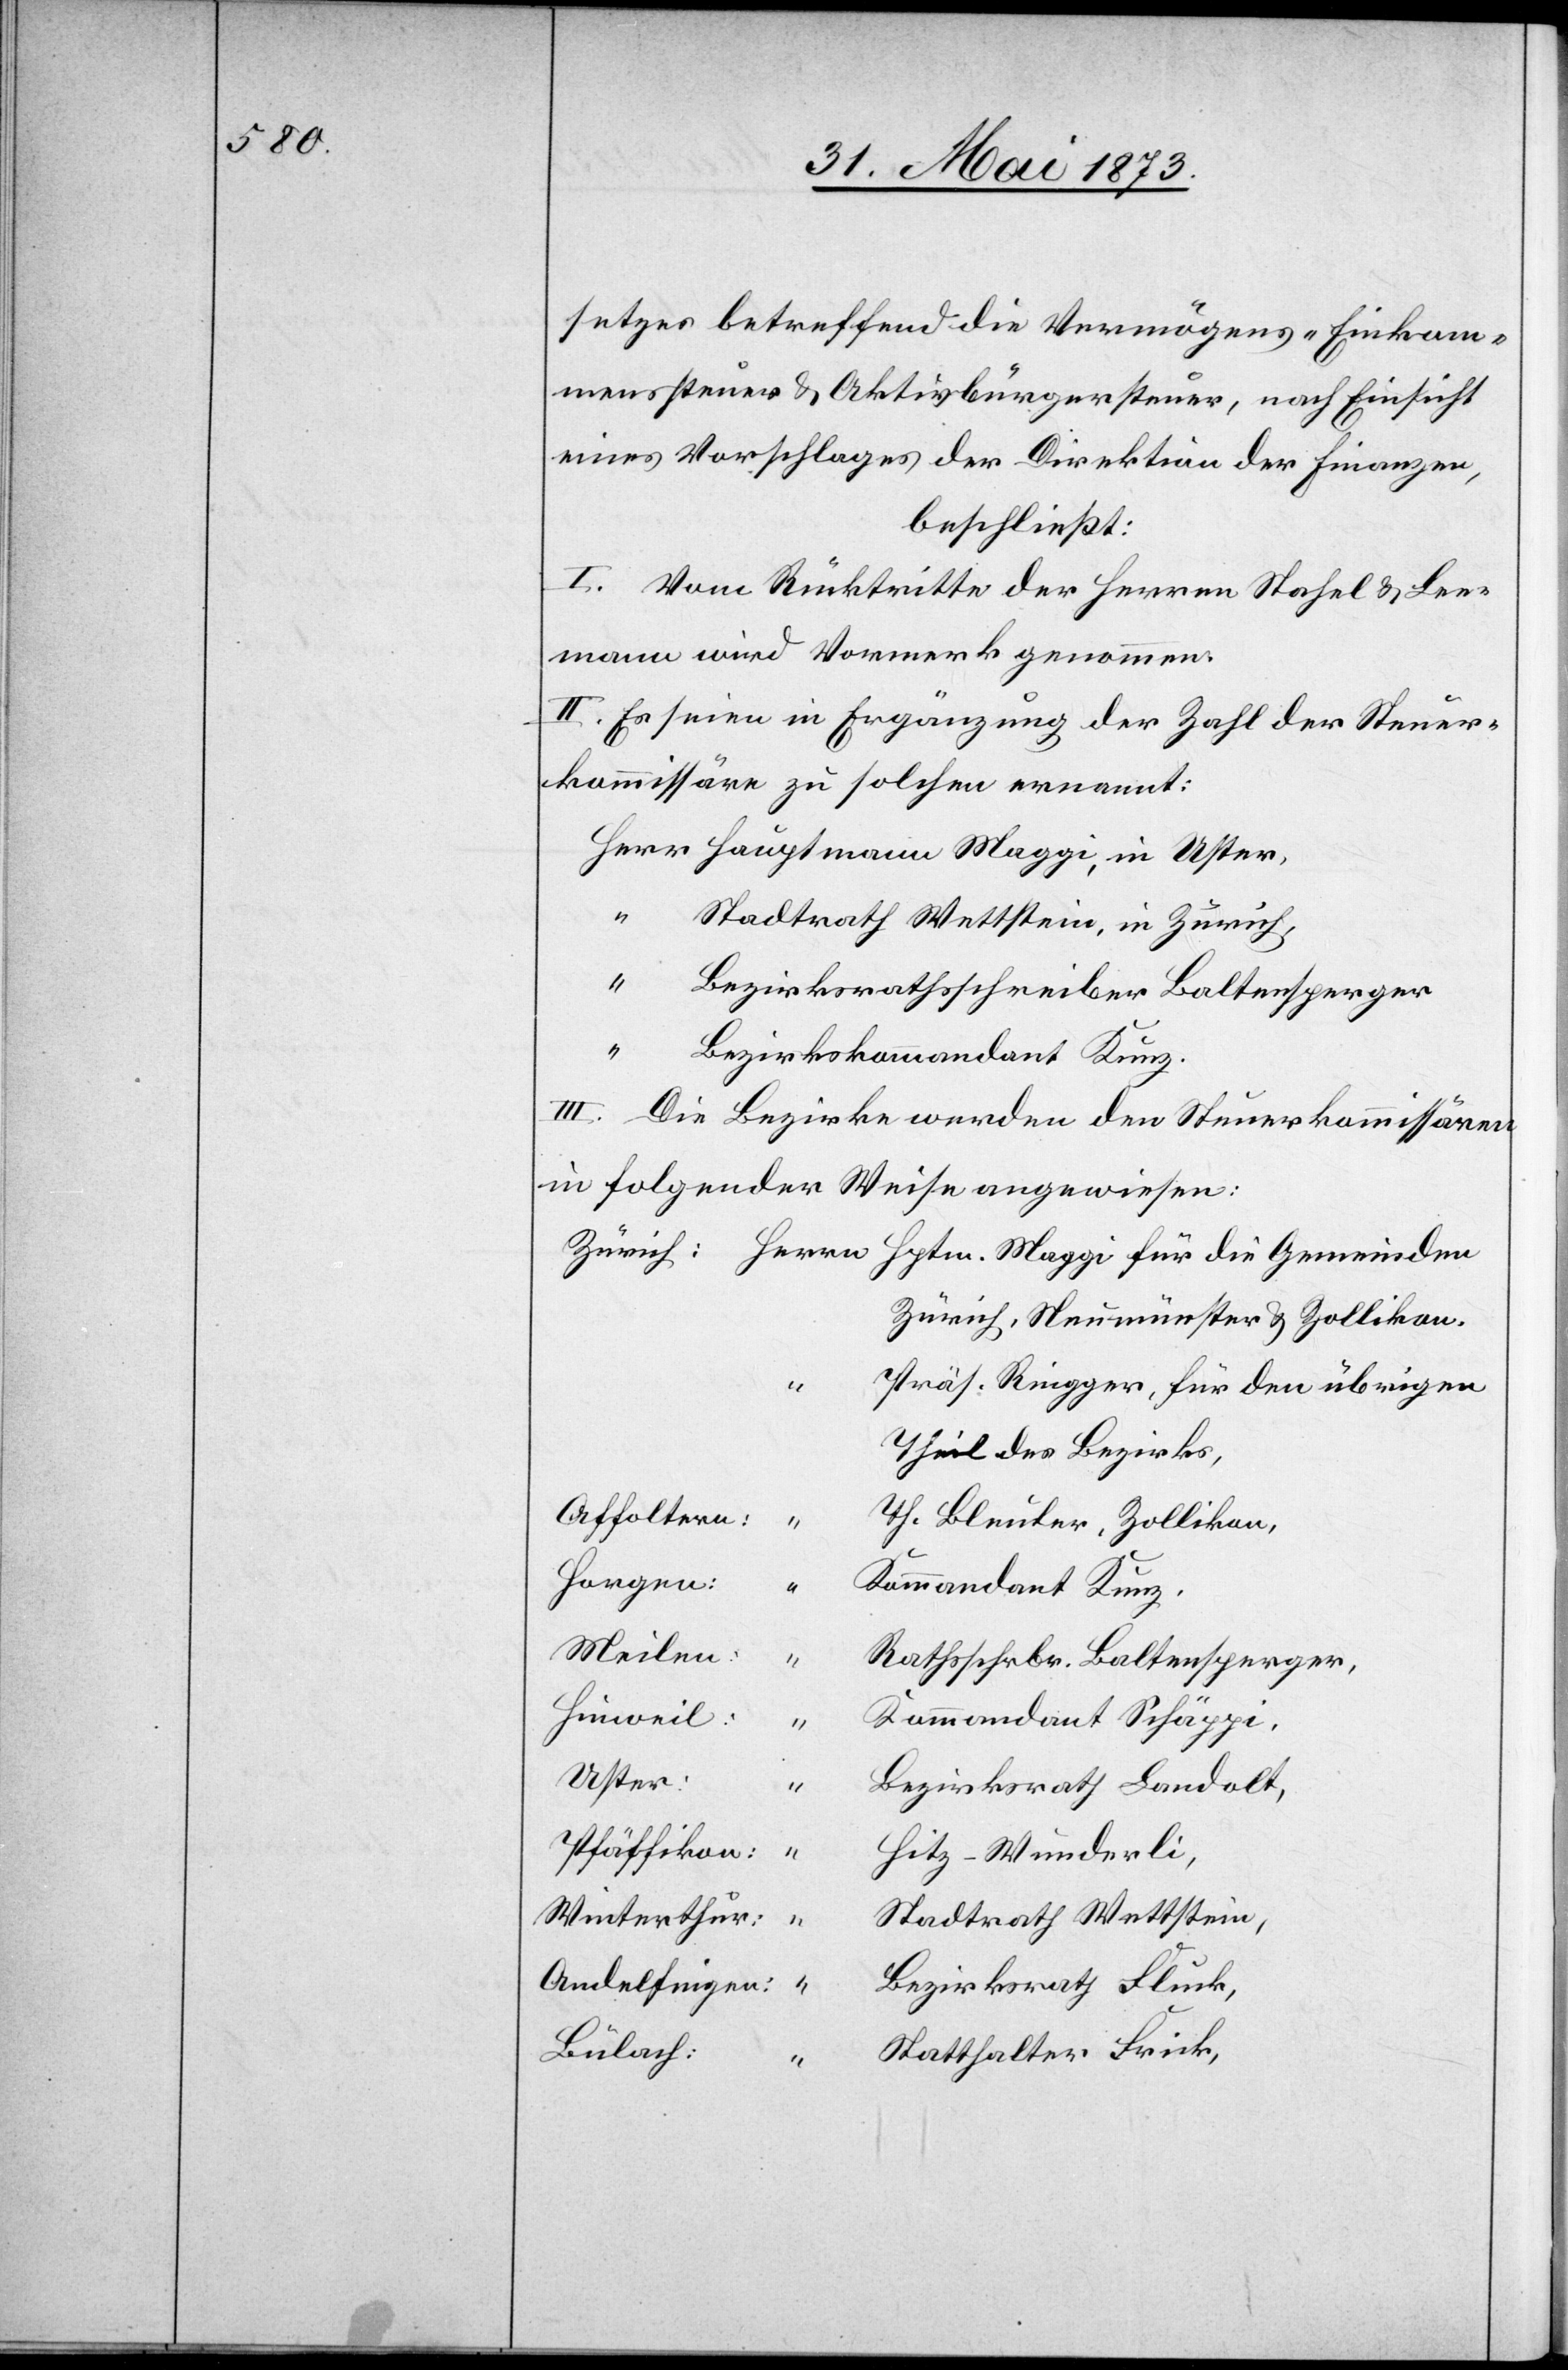
setzes betreffend die Vermögens- Einkom¬
menssteuer & Aktivbürgersteuer, nach Einsicht
eines Vorschlages der Direktion der Finanzen,
beschließt:
I. Vom Rücktritte der Herren Stahel & Lee¬
mann wird Vormerk genommen.
II. Es seien in Ergänzung der Zahl der Steuer¬
kommissäre zu solchen ernannt:
Herr Hauptmann Maggi, in Uster,
Stadtrath Wettstein, in Zürich,
“
Bezirksrathsschreiber Baltensperger
Bezirkskommandant Kunz.
III. Die Bezirke werden den Steuerkommissären
in folgender Weise angewiesen:
Zürich, Neumünster & Zollikon.
Präs. Ringger, für den übrigen
Theil des Bezirks,
Affoltern:
Th. Bleuler, Zollikon,
Horgen:
Kommandant Kunz,
Meilen:
Rathsschrbr. Baltensperger,
Hinweil:
Kommandant Schäppi,
Uster:
“
Bezirksrath Landolt,
Pfäffikon:
Hitz-Wunderli,
Winterthur:
Stadtrath Wettstein,
Bezirksrath Fluck,
Andelfingen:
Bülach:
Statthalter Frick,